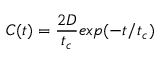
C ( t ) = \frac { 2 D } { t _ { c } } e x p ( - t / t _ { c } )